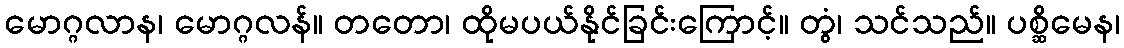
မောဂ္ဂလာန၊ မောဂ္ဂလန်။ တတော၊ ထိုမပယ်နိုင်ခြင်းကြောင့်။ တွံ၊ သင်သည်။ ပစ္ဆိမေန၊